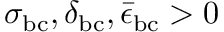
\sigma _ { \mathrm { b c } } , \delta _ { \mathrm { b c } } , \bar { \epsilon } _ { \mathrm { b c } } > 0